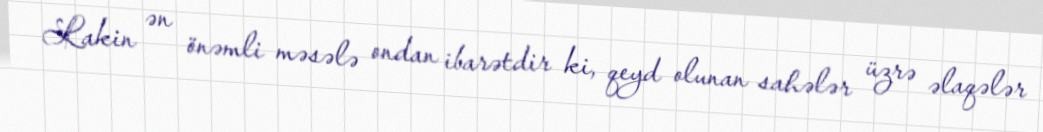
Lakin ən önəmli məsələ ondan ibarətdir ki, qeyd olunan sahələr üzrə əlaqələr